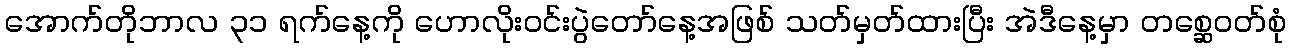
အောက်တိုဘာလ ၃၁ ရက်နေ့ကို ဟောလိုးဝင်းပွဲတော်နေ့အဖြစ် သတ်မှတ်ထားပြီး အဲဒီနေ့မှာ တစ္ဆေဝတ်စုံ